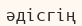
әдісгің